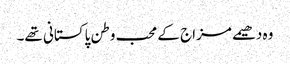
وہ دھیمے مزاج کے محب وطن پاکستانی تھے۔